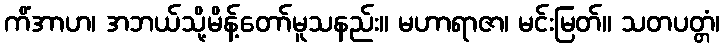
ကိံအာဟ၊ အဘယ်သို့မိန့်တော်မူသနည်း။ မဟာရာဇာ၊ မင်းမြတ်။ သတပတ္တံ၊